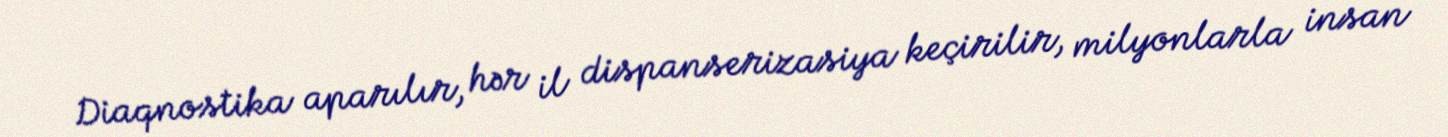
Diaqnostika aparılır, hər il dispanserizasiya keçirilir, milyonlarla insan